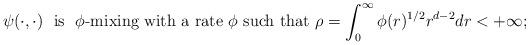
LaTeX: \begin{align*} \psi(\cdot,\cdot) \ \text{ is \ $\phi$-mixing with a rate $\phi$ such that} \ \rho = \int_0^\infty \phi(r)^{1/2} r^{d-2} dr <+\infty; \end{align*}